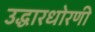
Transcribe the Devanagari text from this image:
उद्धारधोरणी